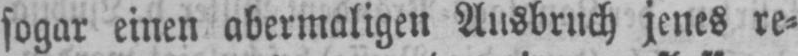
sogar einen abermaligen Ausbruch jenes re⸗